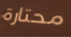
محتارة